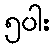
၅ပါး